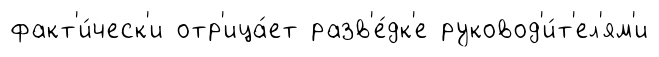
факт'и́ческ'и отр'ица́ет разв'е́дк'е руковод'и́т'ел'ям'и